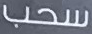
سحب